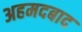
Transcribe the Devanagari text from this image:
अहमदबाद